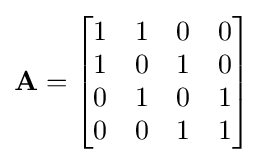
\mathbf {A} ={\begin{bmatrix}1&1&0&0\\1&0&1&0\\0&1&0&1\\0&0&1&1\end{bmatrix}}